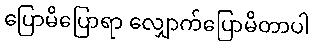
ပြောမိပြောရာ လျှောက်ပြောမိတာပါ